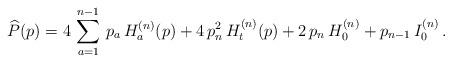
LaTeX: \begin{align*} \widehat P(p)=4\,\sum_{a=1}^{n-1}\,p_a\,H_a^{(n)}(p)+4\,p_n^2\,H_t^{(n)}(p)+2\,p_n\,H_0^{(n)}+p_{n-1}\,I_0^{(n)}\,.\end{align*}